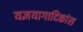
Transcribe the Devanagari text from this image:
यज्ञयागादिकांस